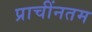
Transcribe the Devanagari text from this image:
प्राचींनतम